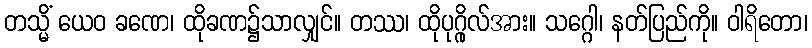
တသ္မိံ ယေဝ ခဏေ၊ ထိုခဏ၌သာလျှင်။ တဿ၊ ထိုပုဂ္ဂိုလ်အား။ သဂ္ဂေါ၊ နတ်ပြည်ကို။ ဝါရိတော၊